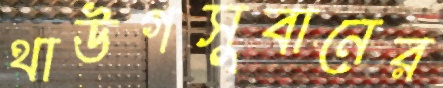
থাউগসুবানের